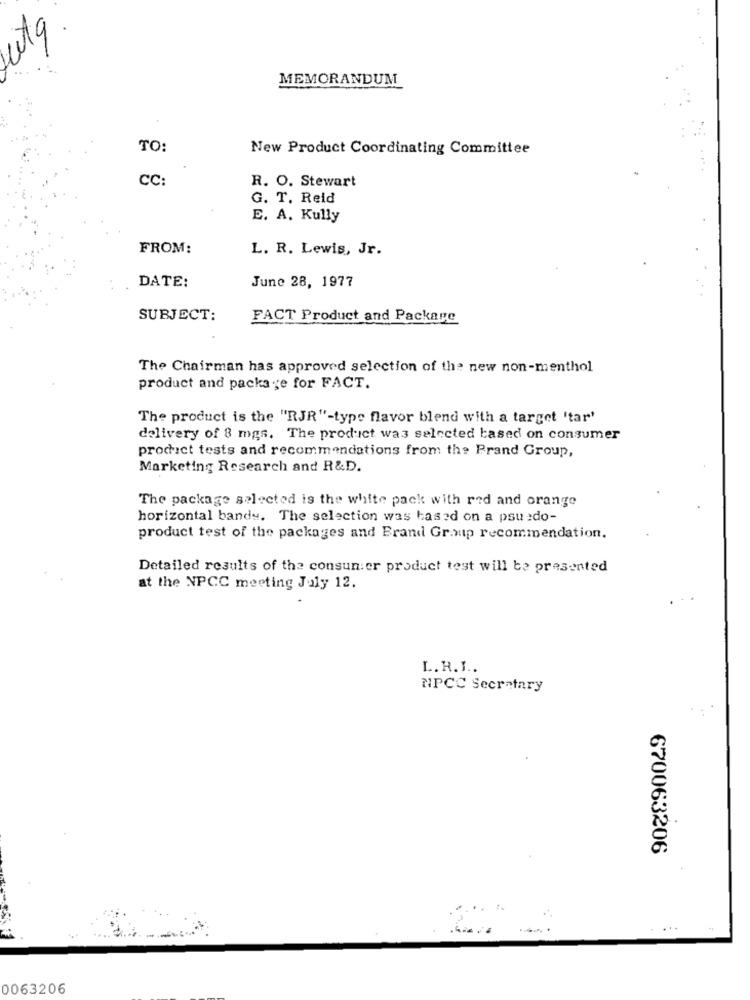
MEMORANDUM
TO:
New Product Coordinating Committee
CC:
R. O. Stewart
G. T. Reid
E. A. Kully
FROM:
L. R. Lewis, Jr.
DATE:
June 28, 1977
SUBJECT:
FACT Product and Package
The Chairman has approved selection of the new non-menthol
product and package for FACT.
The product is the "RJR"-type flavor blend with a target 'tar'
delivery of 8 mgs. The product was selected based on consumer
prochict tests and recommendations from the Prand Group,
Marketing Research and R&D.
The package selected is the white pack with red and orange
horizontal bandy. The selection was based on a psu edo-
product test of the packages and Brand Graup recommendation.
Detailed results of the consumer product test will be presented
at the NPCC meeting July 12.
L. R.I ..
NPCC Secretary
670063206
. ..
0063206